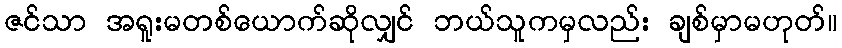
ဇင်သာ အရူးမတစ်ယောက်ဆိုလျှင် ဘယ်သူကမှလည်း ချစ်မှာမဟုတ်။